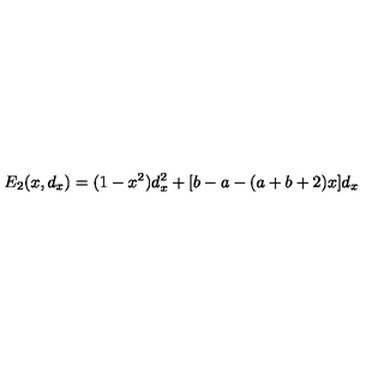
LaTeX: E _ { 2 } ( x , d _ { x } ) = ( 1 - x ^ { 2 } ) d _ { x } ^ { 2 } + [ b - a - ( a + b + 2 ) x ] d _ { x }